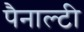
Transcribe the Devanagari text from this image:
पैनाल्टी